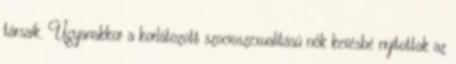
társaik. Ugyanakkor a korlátozott szocioszexualitású nők kevésbé nyitottak az